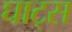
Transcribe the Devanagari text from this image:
घाट्स